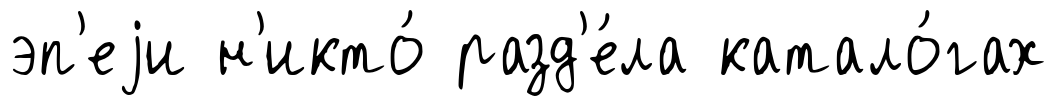
эп'еjи н'икто́ разд'е́ла катало́гах